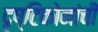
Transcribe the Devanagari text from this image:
दृष्टिकोनांची